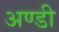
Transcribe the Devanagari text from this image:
अण्डी